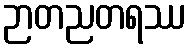
ဉာတညတရဿ